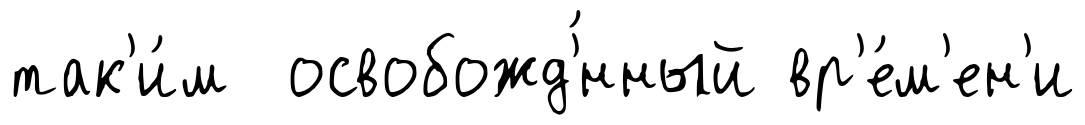
так'и́м освобожд'́нный вр'е́м'ен'и